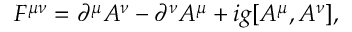
F ^ { \mu \nu } = \partial ^ { \mu } A ^ { \nu } - \partial ^ { \nu } A ^ { \mu } + i g [ A ^ { \mu } , A ^ { \nu } ] ,